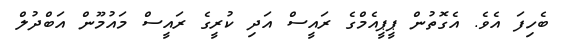
ބެހިފަ އެވެ. އެގޮތުން ޕީޕީއެމްގެ ރައީސް އަދި ކުރީގެ ރައީސް މައުމޫން އަބްދުލް